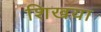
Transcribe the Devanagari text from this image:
शिखया